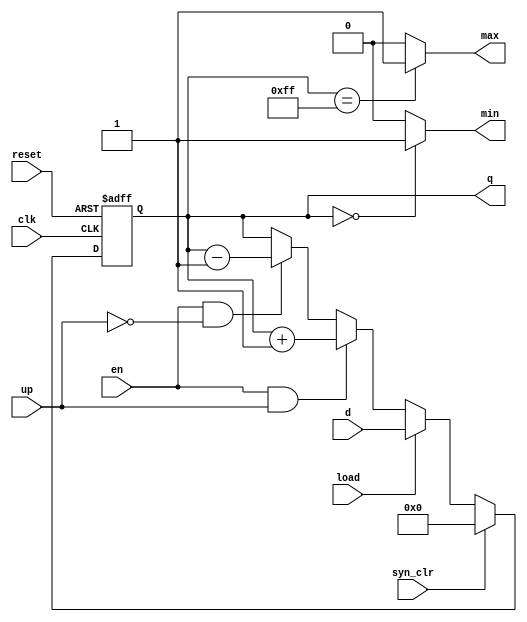
`timescale 1ns / 1ps
//////////////////////////////////////////////////////////////////////////////////
// Company: 
// Engineer: 
// 
// Design Name: 
// Module Name:    univ_bin_coun 
// Author Name: Ummidi Chandrika

//////////////////////////////////////////////////////////////////////////////////
module univ_bin_counter
#(parameter N=8)
(
input wire clk, reset,
input wire syn_clr , load, en, up,
input wire [N-1:0] d,
output wire max, min,
output wire [N-1:0] q
);
//signal declaration
reg [N-1:0] r_reg, r_next;
// body
// register
always @(posedge clk, posedge reset)
if (reset)
r_reg <= 0; //
else
 r_reg <= r_next;
// next-state logic
always @(*)
if (syn_clr)
r_next = 0;
else if (load)
r_next = d;
else if (en & up)
r_next = r_reg + 1;
else if (en & ~up)
r_next = r_reg - 1;
else
r_next = r_reg;
 // output logic
assign q = r_reg;
assign max = (r_reg==2**N-1) ? 1'b1 : 1'b0;
assign min = (r_reg==0) ? 1'b1 : 1'b0;
endmodule